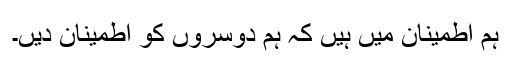
ہم اطمینان میں ہیں کہ ہم دوسروں کو اطمینان دیں۔